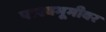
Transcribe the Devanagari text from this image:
पाश्वभूमीवर